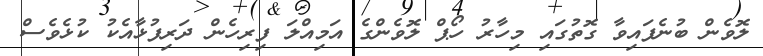
ލޮވެން ބުނެފައިވާ ގޮތުގައި މިހާރު ހޯޕް ލޮވެންގެ އަމިއްލަ ފިރިހެން ދަރިފުޅާއެކު ކުޅެވެސް